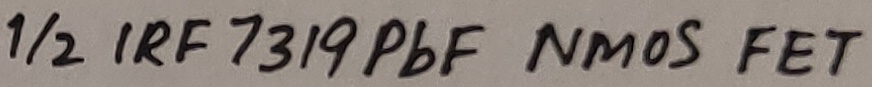
Text: 1/2 IRF 7319PbF NMOS FET